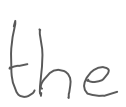
Text: the
Cross-out: clean
Writing tool: digital_gray